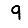
Digit: 9